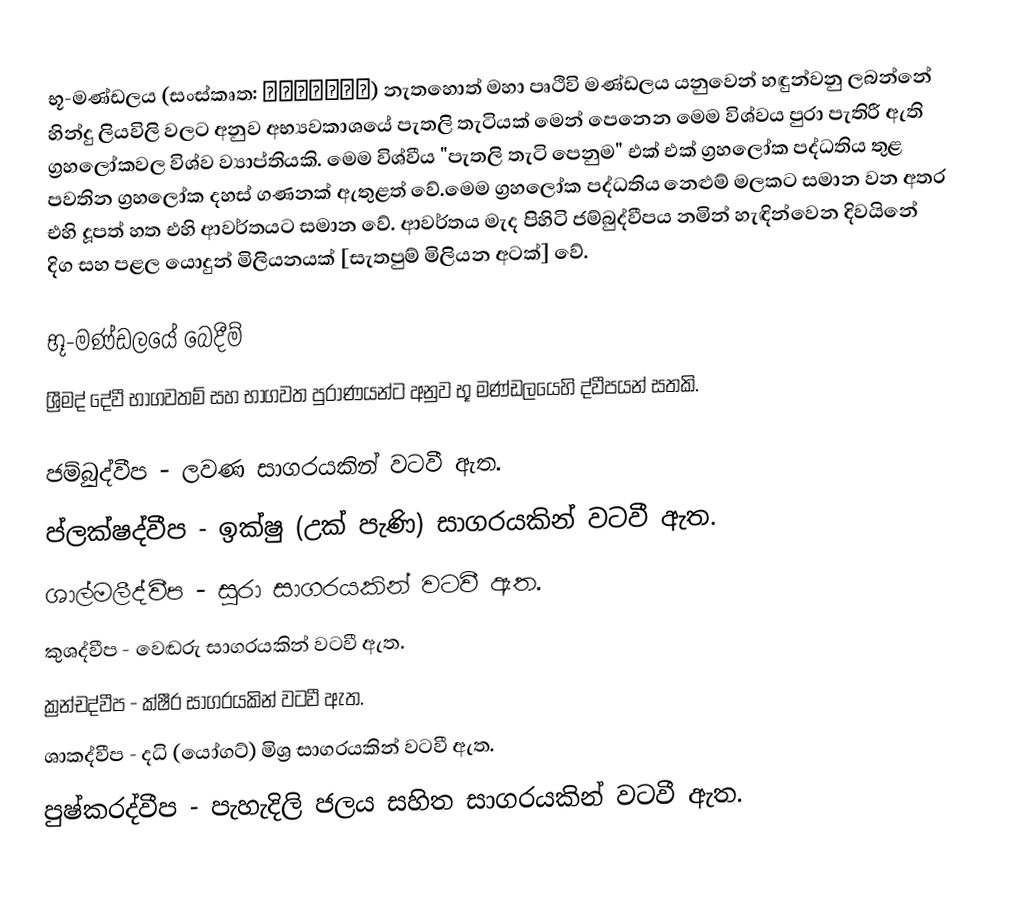
භූ-මණ්ඩලය (සංස්කෘත: भूमण्डल) නැතහොත් මහා පෘථිවි මණ්ඩලය යනුවෙන් හඳුන්වනු ලබන්නේ හින්දු ලියවිලි වලට අනුව අභ්‍යවකාශයේ පැතලි තැටියක් මෙන් පෙනෙන මෙම විශ්වය පුරා පැතිරී ඇති ග්‍රහලෝකවල විශ්ව ව්‍යාප්තියකි. මෙම විශ්වීය "පැතලි තැටි පෙනුම" එක් එක් ග්‍රහලෝක පද්ධතිය තුළ පවතින ග්‍රහලෝක දහස් ගණනක් ඇතුළත් වේ.මෙම ග්‍රහලෝක පද්ධතිය නෙළුම් මලකට සමාන වන අතර එහි දූපත් හත එහි ආවර්තයට සමාන වේ. ආවර්තය මැද පිහිටි ජම්බුද්වීපය නමින් හැඳින්වෙන දිවයිනේ දිග සහ පළල යොදුන් මිලියනයක් [සැතපුම් මිලියන අටක්] වේ.

භූ-මණ්ඩලයේ බෙදීම්
ශ්‍රීමද් දේවී භාගවතම් සහ භාගවත පුරාණයන්ට අනුව භූ මණ්ඩලයෙහි ද්වීපයන් සතකි.

 ජම්බුද්වීප - ලවණ සාගරයකින් වටවී ඇත.
 ප්ලක්ෂද්වීප - ඉක්ෂු (උක් පැණි) සාගරයකින් වටවී ඇත.
 ශාල්මලීද්වීප -  සුරා සාගරයකින් වටවී ඇත.
 කුශද්වීප - වෙඬරු සාගරයකින් වටවී ඇත.
 ක්‍රන්චද්වීප - ක්ෂීර සාගරයකින් වටවී ඇත.
 ශාකද්වීප - දධි (යෝගට්) මිශ්‍ර සාගරයකින් වටවී ඇත.
 පුෂ්කරද්වීප - පැහැදිලි ජලය සහිත සාගරයකින් වටවී ඇත.